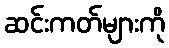
ဆင်းကတ်များကို